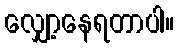
လျှော့နေရတာပါ။